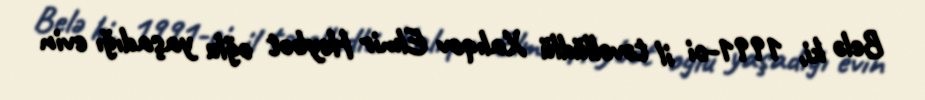
Belə ki, 1991-ci il təvəllüdlü Xalıqov Elmir Heybət oğlu yaşadığı evin